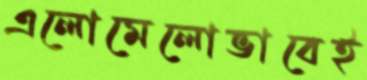
এলোমেলোভাবেই